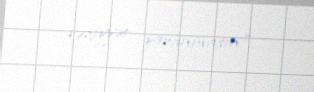
vəziyyət yaranmasın".